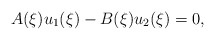
\begin{align*}A(\xi)u_{1}(\xi)-B(\xi)u_{2}(\xi)=0,\end{align*}